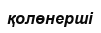
қолөнерші